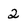
Character: 2